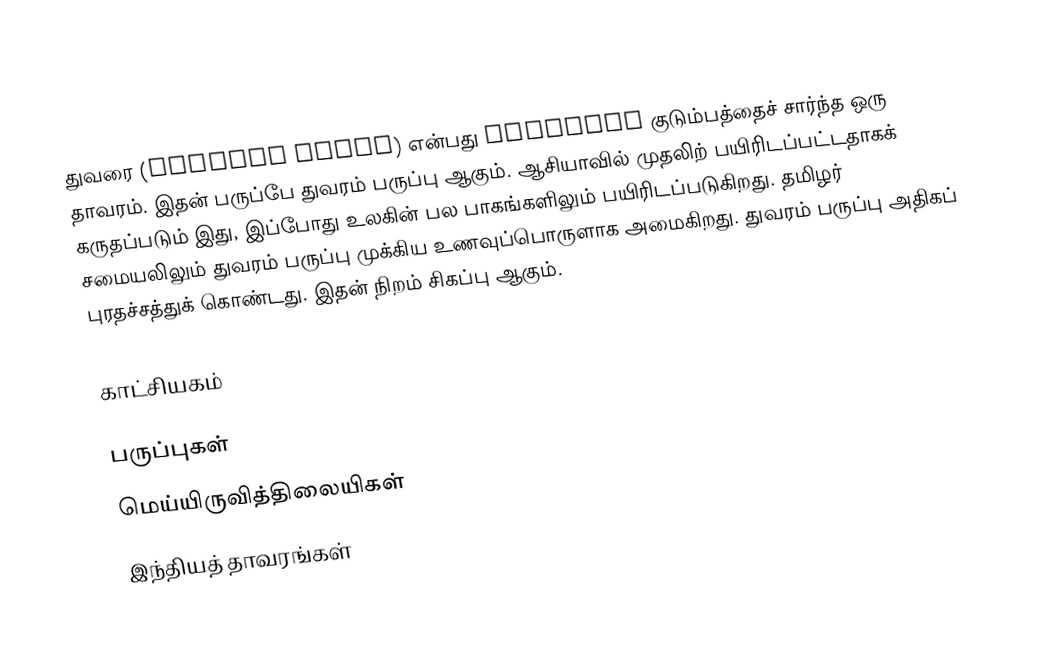
துவரை (Cajanus cajan) என்பது Fabaceae குடும்பத்தைச் சார்ந்த ஒரு தாவரம். இதன் பருப்பே துவரம் பருப்பு ஆகும். ஆசியாவில் முதலிற் பயிரிடப்பட்டதாகக் கருதப்படும் இது, இப்போது உலகின் பல பாகங்களிலும் பயிரிடப்படுகிறது. தமிழர் சமையலிலும் துவரம் பருப்பு முக்கிய உணவுப்பொருளாக அமைகிறது. துவரம் பருப்பு அதிகப் புரதச்சத்துக் கொண்டது. இதன் நிறம் சிகப்பு ஆகும்.

காட்சியகம்

பருப்புகள்
மெய்யிருவித்திலையிகள்
இந்தியத் தாவரங்கள்